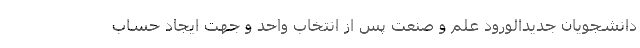
دانشجویان جدیدالورود علم و صنعت پس از انتخاب واحد و جهت ایجاد حساب